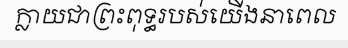
ក្លាយជាព្រះពុទ្ធរបស់យើងនាពេល